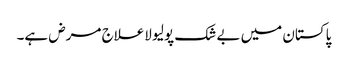
پاکستان میں بے شک پولیو لاعلاج مرض ہے۔